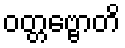
ဝတ္တဗ္ဗောတိ